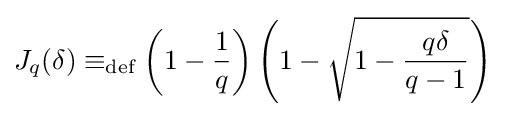
J_{q}(\delta )\equiv _{\text{def}}\left(1-{1 \over q}\right)\left(1-{\sqrt {1-{q\delta  \over {q-1}}}}\right)